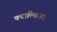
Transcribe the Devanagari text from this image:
क्याल्सियम